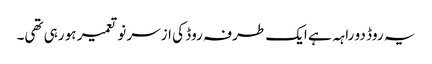
یہ روڈ دو راہہ ہے ایک طرفہ روڈ کی ازسر نو تعمیر ہو رہی تھی۔